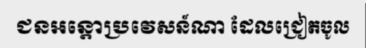
ជនអន្តោប្រវេសន៍ណា ដែលជ្រៀតចូល